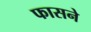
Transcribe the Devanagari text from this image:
फासने